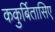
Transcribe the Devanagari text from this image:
ककुर्बितासिए